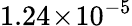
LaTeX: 1.24\! \times\! 10^{-5}